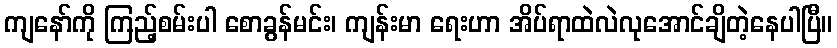
ကျနော်ကို ကြည့်စမ်းပါ စောခွန်မင်း၊ ကျန်းမာ ရေးဟာ အိပ်ရာထဲလဲလုအောင်ချိတဲ့နေပါပြီ။